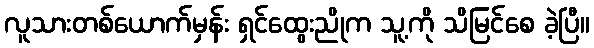
လူသားတစ်ယောက်မှန်း ရှင်ထွေးညိုက သူ့ကို သိမြင်စေ ခဲ့ပြီ။